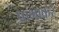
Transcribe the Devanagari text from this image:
प्राभाकरं